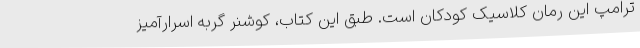
ترامپ این رمان کلاسیک کودکان است. طبق این کتاب، کوشنر گربه اسرارآمیز